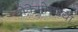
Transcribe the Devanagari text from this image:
पोकेमोनच्या